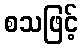
စသဖြင့်